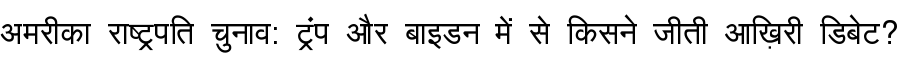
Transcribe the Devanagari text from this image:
अमरीका राष्ट्रपति चुनाव: ट्रंप और बाइडन में से किसने जीती आख़िरी डिबेट?